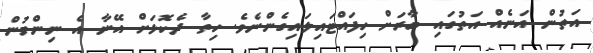
އަތުން އަނެއް އަތުގައި ބާރަށް ހިފައްޓައިލައިގެންނެވެ. ހިތާ ދެކޮޅަށް އޭނާ އެ ނިންމުން